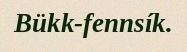
Bükk-fennsík.